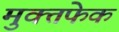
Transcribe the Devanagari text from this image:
मुक्तफेक